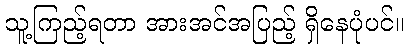
သူ့ကြည့်ရတာ အားအင်အပြည့် ရှိနေပုံပင်။